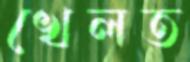
খেলত